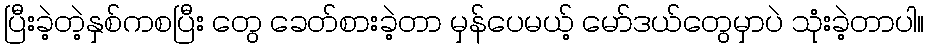
ပြီးခဲ့တဲ့နှစ်ကစပြီး တွေ ခေတ်စားခဲ့တာ မှန်ပေမယ့် မော်ဒယ်တွေမှာပဲ သုံးခဲ့တာပါ။